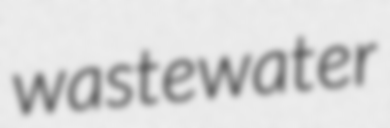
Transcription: wastewater